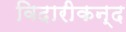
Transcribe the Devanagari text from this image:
विदारीकन्द